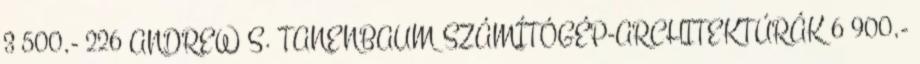
3 500,- 226 ANDREW S. TANENBAUM SZÁMÍTÓGÉP-ARCHITEKTÚRÁK 6 900,-